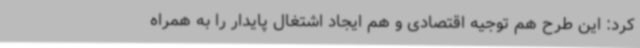
کرد: این طرح هم توجیه اقتصادی و هم ایجاد اشتغال پایدار را به همراه